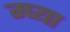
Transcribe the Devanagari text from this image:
म्प्या